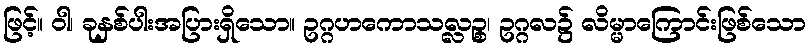
ဖြင့်။ ဝါ၊ ခုနှစ်ပါးအပြားရှိသော။ ဥဂ္ဂဟကောသလ္လဉ္စ၊ ဥဂ္ဂလ၌ လိမ္မာကြောင်းဖြစ်သော